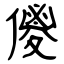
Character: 儍